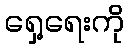
ရှေ့ရေးကို